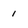
Character: 1